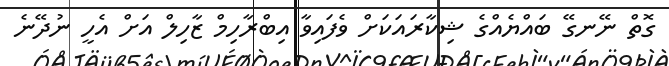
ގޮތް ނޭނގޭ ބައްޔެއްގެ ޝިކާރައަކަށް ވެފައިވާ އިބްރާހިމް ޒާހިލް އަށް އެހީ ނުދޭނެ